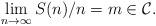
LaTeX: \begin{align*}\lim_{n\to\infty} S(n)/n = m \in {\cal C}. \end{align*}